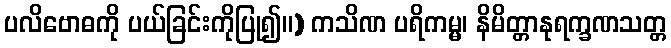
ပလိဗောဓကို ပယ်ခြင်းကိုပြု၍။) ကသိဏ ပရိကမ္မ၊ နိမိတ္တာနုရက္ခဏသတ္တ